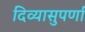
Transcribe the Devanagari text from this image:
दिव्यासुपर्णा